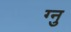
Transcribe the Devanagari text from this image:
ग्नु